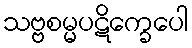
သဗ္ဗစမ္မပဋိက္ခေပေါ